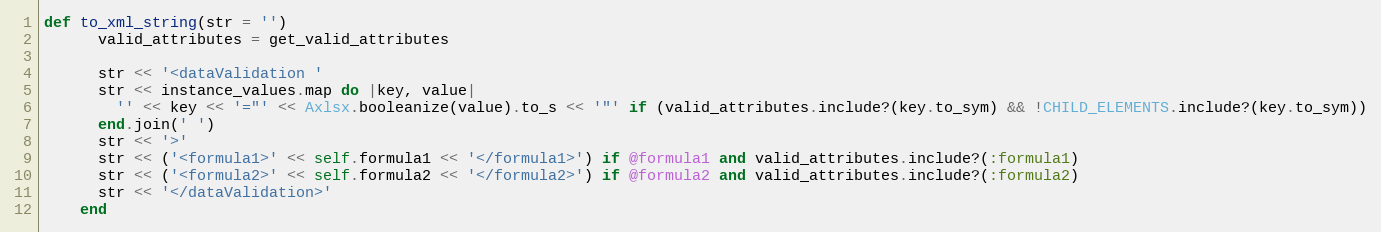
Language: Ruby
def to_xml_string(str = '')
      valid_attributes = get_valid_attributes

      str << '<dataValidation '
      str << instance_values.map do |key, value|
        '' << key << '="' << Axlsx.booleanize(value).to_s << '"' if (valid_attributes.include?(key.to_sym) && !CHILD_ELEMENTS.include?(key.to_sym))
      end.join(' ')
      str << '>'
      str << ('<formula1>' << self.formula1 << '</formula1>') if @formula1 and valid_attributes.include?(:formula1)
      str << ('<formula2>' << self.formula2 << '</formula2>') if @formula2 and valid_attributes.include?(:formula2)
      str << '</dataValidation>'
    end